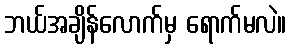
ဘယ်အချိန်လောက်မှ ရောက်မလဲ။